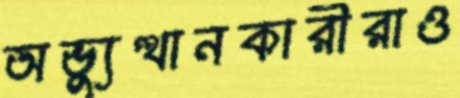
অভ্যুত্থানকারীরাও